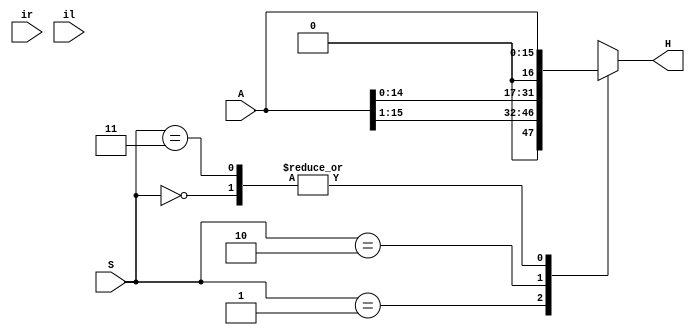
`timescale 1ns / 1ps
//////////////////////////////////////////////////////////////////////////////////
// Company: 
// Engineer: 
// 
// Design Name: 
// Module Name: homework2_shifter
// Project Name: 
// Target Devices: 
// Tool Versions: 
// Description: 
// 
// Dependencies: 
// 
// Revision:
// Revision 0.01 - File Created
// Additional Comments:
// 
//////////////////////////////////////////////////////////////////////////////////
module homework2_shifter(
    input      [15:0] A,
    input      [1:0] S, // op select
    input      ir,      // bit to shift in from right
    input      il,      // bit to shift in from left 
    output reg [15:0] H
    );
    
    always @(*) begin
    
        case (S) // op select
        
            2'b00: // transfer
                H = A;
            2'b01: // shift right
                H = A >> 1;
            2'b10: // shift left
                H = A << 1;
            2'b11: // transfer (shouldn't get here)
                H = A;
            default: // shouldn't get here 
                H = 16'bxxxx_xxxx_xxxx_xxxx;
        
        endcase
    
    end // always @(*)
    
endmodule // homework2_shifter